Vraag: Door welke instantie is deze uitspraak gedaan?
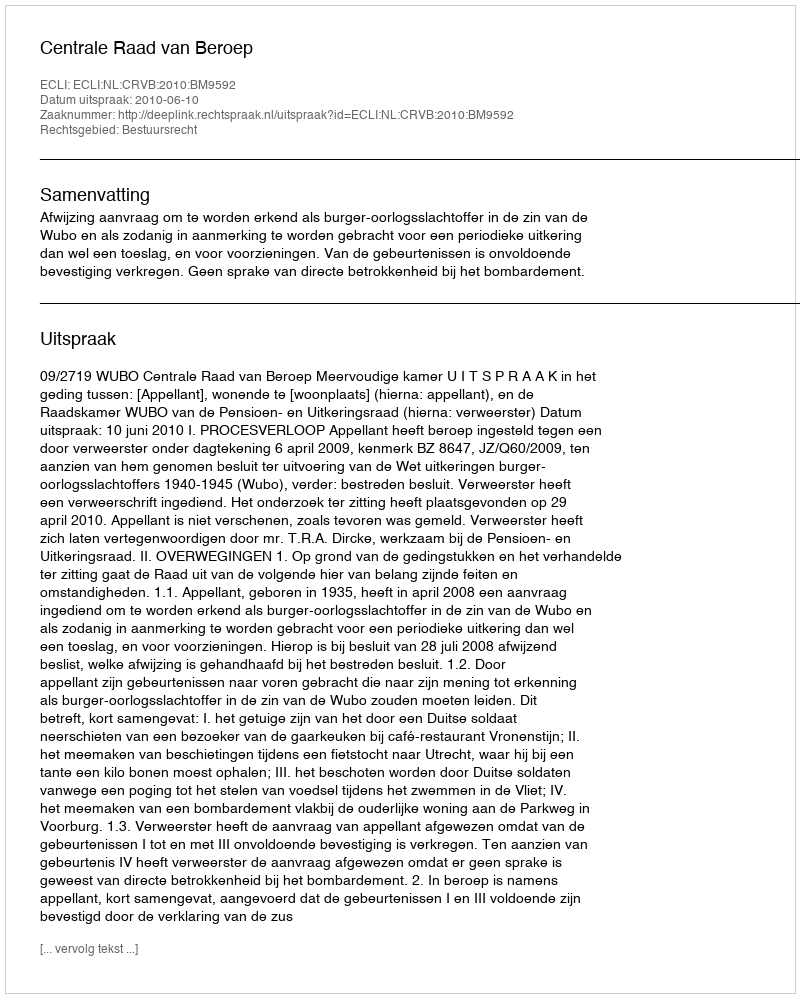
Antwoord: Centrale Raad van Beroep